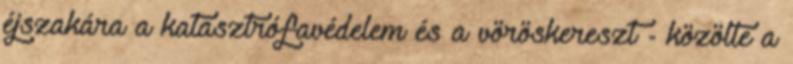
éjszakára a katasztrófavédelem és a vöröskereszt - közölte a